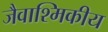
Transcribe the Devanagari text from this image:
जैवाश्मिकीय